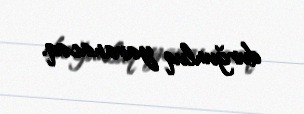
durğunluq yaranacaq.